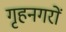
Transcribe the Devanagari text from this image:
गृहनगरों